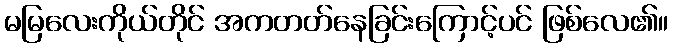
မမြလေးကိုယ်တိုင် အကတတ်နေခြင်းကြောင့်ပင် ဖြစ်လေ၏။